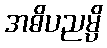
အဓိပညမ္ပိ